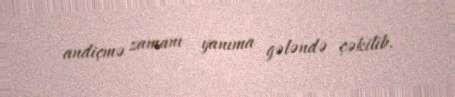
andiçmə zamanı yanıma gələndə çəkilib.